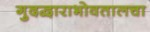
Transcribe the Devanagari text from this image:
गुदद्वाराभोवतालचा